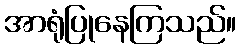
အာရုံပြုနေကြသည်။